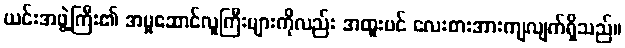
ယင်းအဖွဲ့ကြီး၏ အမှုဆောင်လူကြီးများကိုလည်း အထူးပင် လေးစားအားကျလျက်ရှိသည်။